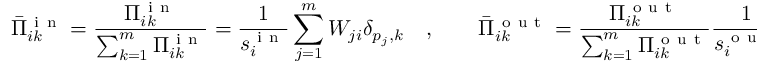
\bar { \Pi } _ { i k } ^ { \mathrm { ~ i ~ n ~ } } = \frac { \Pi _ { i k } ^ { \mathrm { ~ i ~ n ~ } } } { \sum _ { k = 1 } ^ { m } \Pi _ { i k } ^ { \mathrm { ~ i ~ n ~ } } } = \frac { 1 } { s _ { i } ^ { \mathrm { ~ i ~ n ~ } } } \sum _ { j = 1 } ^ { m } W _ { j i } \delta _ { p _ { j } , k } \quad , \qquad \bar { \Pi } _ { i k } ^ { \mathrm { ~ o ~ u ~ t ~ } } = \frac { \Pi _ { i k } ^ { \mathrm { ~ o ~ u ~ t ~ } } } { \sum _ { k = 1 } ^ { m } \Pi _ { i k } ^ { \mathrm { ~ o ~ u ~ t ~ } } } \frac { 1 } { s _ { i } ^ { \mathrm { ~ o ~ u ~ t ~ } } } \sum _ { j = 1 } ^ { m } W _ { i j } \delta _ { p _ { j } , k } \quad ,